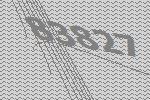
83827